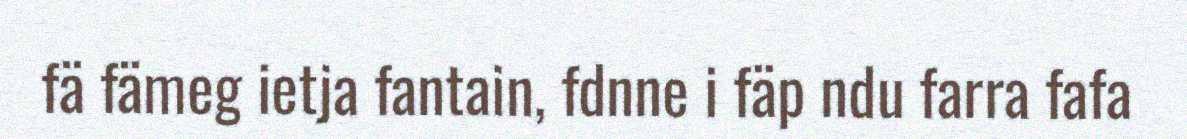
fä fämeg ietja fantain, fdnne i fäp ndu farra fafa